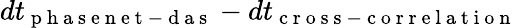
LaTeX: dt_{\mathrm{~p~h~a~s~e~n~e~t~-~d~a~s~}}-dt_{\mathrm{~c~r~o~s~s~-~c~o~r~r~e~l~a~t~i~o~n~}}